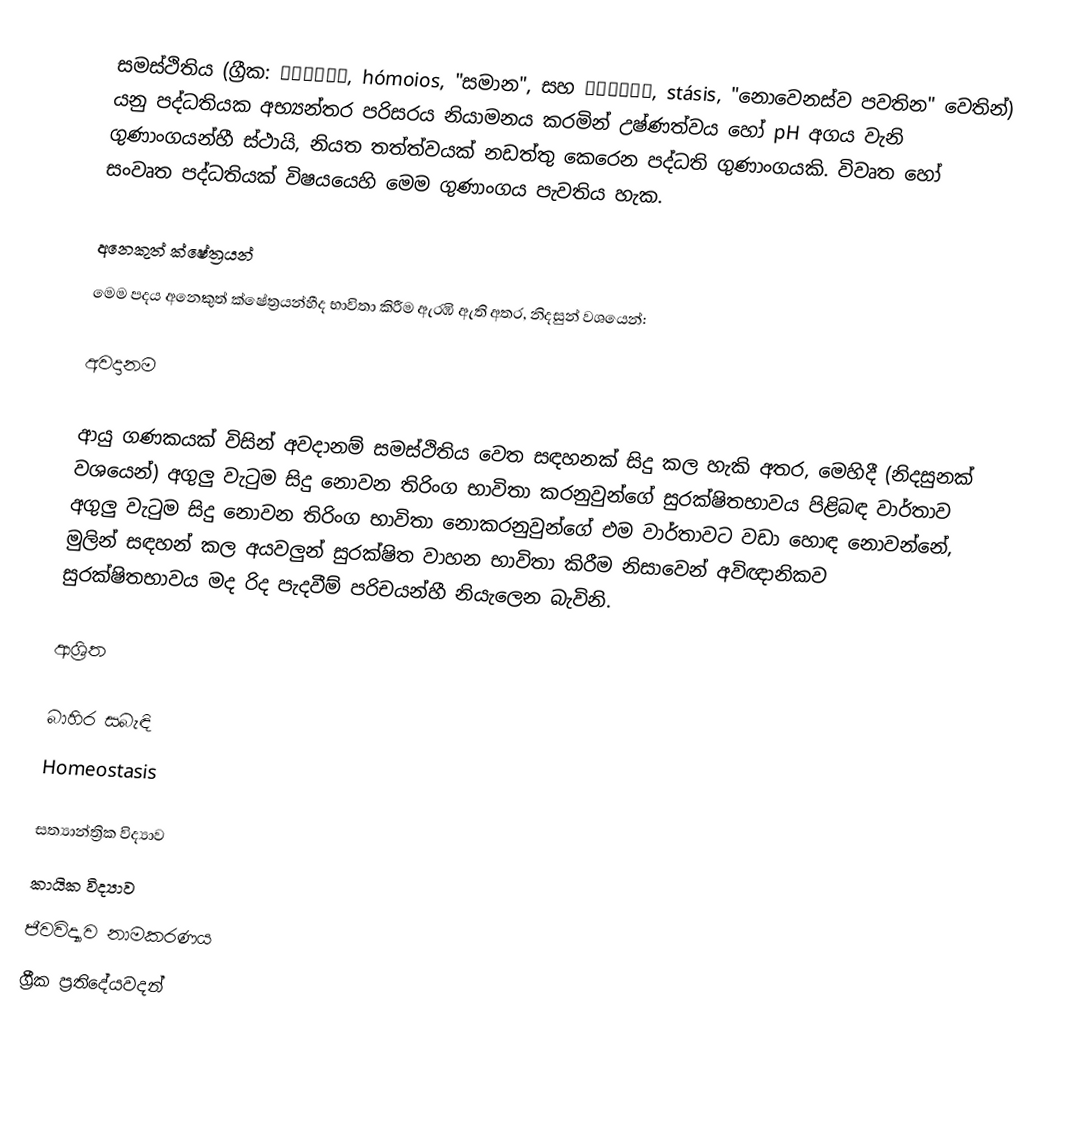
සමස්ථිතිය (ග්‍රීක: ὅμοιος, hómoios, "සමාන", සහ στάσις, stásis, "නොවෙනස්ව පවතින" වෙතින්) යනු පද්ධතියක අභ්‍යන්තර පරිසරය නියාමනය කරමින් උෂ්ණත්වය හෝ pH අගය වැනි ගුණාංගයන්හී ස්ථායි, නියත තත්ත්වයක් නඩත්තු කෙරෙන පද්ධති ගුණාංගයකි. විවෘත හෝ සංවෘත පද්ධතියක් විෂයයෙහි මෙම ගුණාංගය පැවතිය හැක.

අනෙකුත් ක්ෂේත්‍රයන්
මෙම පදය අනෙකුත් ක්ෂේත්‍රයන්හීද භාවිතා කිරීම ඇරඹි ඇති අතර, නිදසුන් වශයෙන්:

අවදානම

ආයු ගණකයක් විසින්  අවදානම් සමස්ථිතිය වෙත සඳහනක් සිදු කල හැකි අතර, මෙහිදී (නිදසුනක් වශයෙන්) අගුලු වැටුම සිදු නොවන තිරිංග භාවිතා කරනුවුන්ගේ සුරක්ෂිතභාවය පිළිබඳ වාර්තාව අගුලු වැටුම සිදු නොවන තිරිංග භාවිතා නොකරනුවුන්ගේ එම වාර්තාවට වඩා හොඳ නොවන්නේ, මුලින් සඳහන් කල අයවලුන්  සුරක්ෂිත වාහන භාවිතා කිරීම නිසාවෙන්  අවිඥානිකව සුරක්ෂිතභාවය මද රිද පැදවීම් පරිචයන්හී නියැලෙන බැවිනි.

ආශ්‍රිත

බාහිර සබැඳි
Homeostasis

සත්‍යාන්ත්‍රික විද්‍යාව
කායික විද්‍යාව
ජීවවිද්‍යාව නාමකරණය
ග්‍රීක ප්‍රතිදේයවදන්